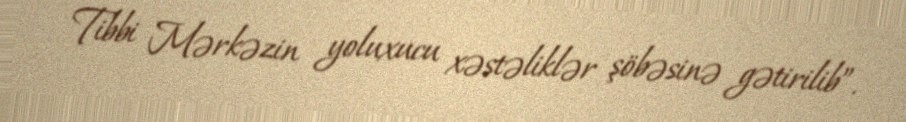
Tibbi Mərkəzin yoluxucu xəstəliklər şöbəsinə gətirilib”.